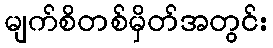
မျက်စိတစ်မှိတ်အတွင်း